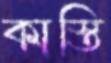
কাস্তি